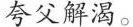
夸父解渴。